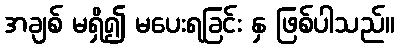
အချစ် မရှိ၍ မပေးရခြင်း နှ ဖြစ်ပါသည်။